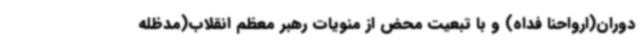
دوران(ارواحنا فداه) و با تبعیت محض از منویات رهبر معظم انقلاب(مدظله